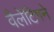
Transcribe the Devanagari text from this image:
वैलेंटिगने